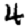
Digit: 4